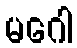
မဂေါ